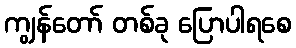
ကျွန်တော် တစ်ခု ပြောပါရစေ